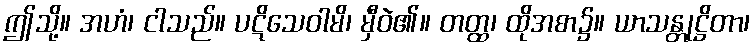
ဤသို့။ အဟံ၊ ငါသည်။ ပဋိသေဝါမိ၊ မှီဝဲ၏။ တတ္ထ၊ ထိုအစာ၌။ ယာသန္တုဋ္ဌိတာ၊